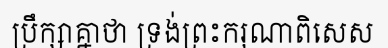
ប្រឹក្សាគ្នាថា ទ្រង់ព្រះករុណាពិសេស